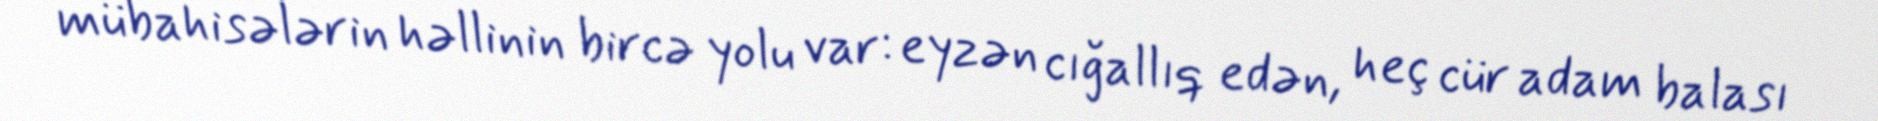
mübahisələrin həllinin bircə yolu var: eyzən cığallıq edən, heç cür adam balası